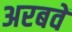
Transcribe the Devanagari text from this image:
अरबवें